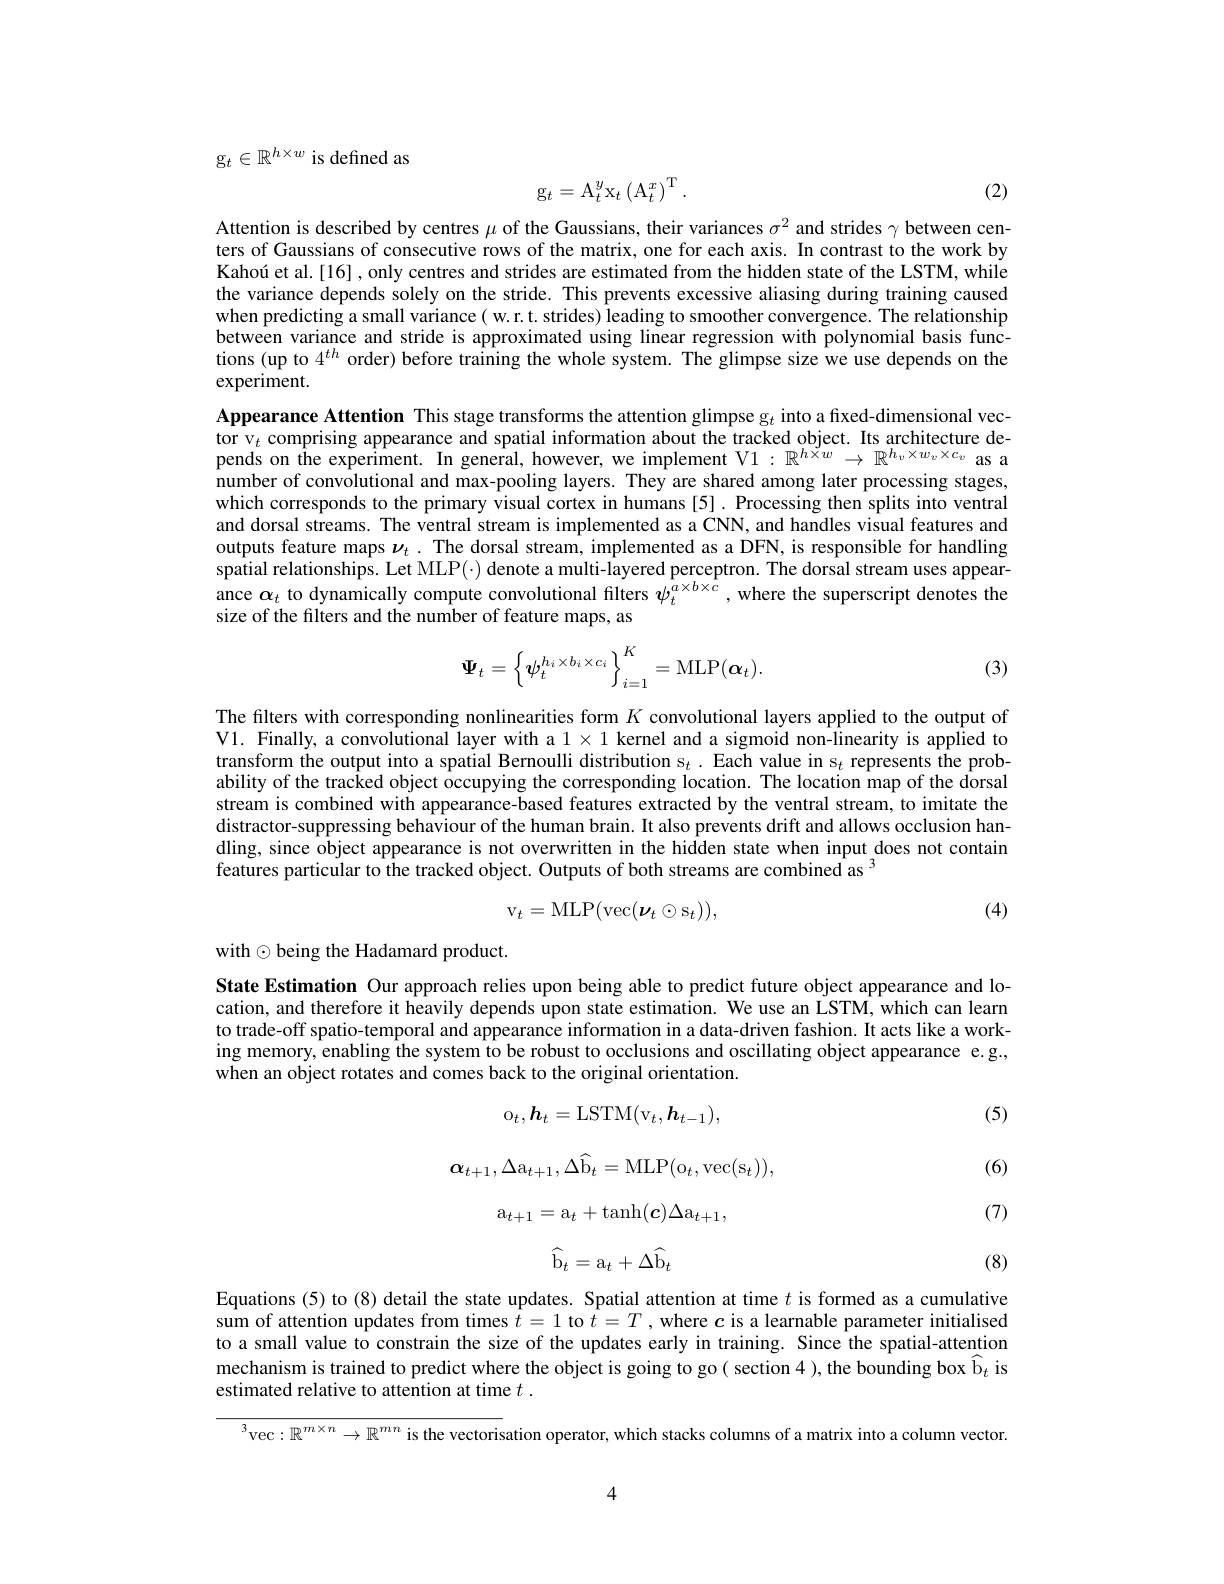
g$_t\in\mathbb{R}^{h\times w}$ is defined as

(2)
$$\mathrm{g}_{t}=\mathrm{A}_{t}^{y}\mathrm{x}_{t}\left(\mathrm{A}_{t}^{x}\right)^{\mathrm{T}}.$$
Attention is described by centres $\mu$ of the Gaussians, their variances $\sigma^2$ and strides $\gamma$ between centers of Gaussians of consecutive rows of the matrix, one for each axis. In contrast to the work by Kahoú et al.[16] , only centres and strides are estimated from the hidden state of the LSTM, while the variance depends solely on the stride. This prevents excessive aliasing during training caused when predicting a small variance ( w.r.t. strides) leading to smoother convergence. The relationship between variance and stride is approximated using linear regression with polynomial basis functions (up to $4^{th}$ order) before training the whole system. The glimpse size we use depends on the experiment.

$\textbf{Appearance Attention This stage transforms the attention glimpse g}_{t}$ into a fixed- dimensional vec- $\text{tor v}_{t}$ comprising appearance and spatial information about the tracked object. Its architecture de- pends on the experiment. In general, $\hat{\text{number of convolutional and max-pooling layers. They are shared among later processing stages,}}$ which corresponds to the primary visual cortex in humans [5]. Processing then splits into ventral and dorsal streams. The ventral stream is implemented as a CNN, and handles visual features and outputs feature maps $\nu_t$ .The dorsal stream, implemented as a DFN, is responsible for handling spatial relationships. Let MLP(·) denote a multi-layered perceptron. The dorsal stream uses appearance $\boldsymbol\alpha_t$ to dynamically compute convolutional filters $\psi_t^{a\times b\times c}$, where the superscript denotes the size of the filters and the number of feature maps, as
$$\boldsymbol{\Psi}_t=\left\{\boldsymbol{\psi}_t^{h_i\times b_i\times c_i}\right\}_{i=1}^K=\mathrm{MLP}(\boldsymbol{\alpha}_t).$$
(3)

The filters with corresponding nonlinearities form $K$ convolutional layers applied to the output of Vl. Finally, a convolutional layer with a $1\times1$ kernel and a sigmoid non-linearity is applied to transform the output into a spatial Bernoulli distribution s$_t.$ Each value in s$_t$ represents the probability of the tracked object occupying the corresponding location. The location map of the dorsal stream is combined with appearance-based features extracted by the ventral stream, to imitate the distractor-suppressing behaviour of the human brain. It also prevents drift and allows occlusion handling, since object appearance is not overwritten in the hidden state when input does not contain features particular to the tracked object. Outputs of both streams are combined as $^3$
$$\mathrm{v}_{t}=\mathrm{MLP}(\mathrm{vec}(\boldsymbol{\nu}_{t}\odot\mathrm{s}_{t})),$$
(4)

with$\odot$being the Hadamard product.

State Estimation Our approach relies upon being able to predict future object appearance and location, and therefore it heavily depends upon state estimation. We use an LSTM, which can learn to trade-off spatio-temporal and appearance information in a data-driven fashion. It acts like a working memory, enabling the system to be robust to occlusions and oscillating object appearance e.g., when an object rotates and comes back to the original orientation.

(5)

(6)
$$\mathrm{o}_t,\boldsymbol{h}_t=\mathrm{LSTM}(\mathrm{v}_t,\boldsymbol{h}_{t-1}),$$
$$\alpha_{t+1},\Delta\mathrm{a}_{t+1},\Delta\widehat{\mathrm{b}}_{t}=\mathrm{MLP}(\mathrm{o}_{t},\mathrm{vec}(\mathrm{s}_{t})),$$
$$\mathrm{a}_{t+1}=\mathrm{a}_t+\mathrm{tanh}(c)\Delta\mathrm{a}_{t+1},$$
$$\widehat{\mathrm{b}}_t=\mathrm{a}_t+\Delta\widehat{\mathrm{b}}_t$$
(7)

(8)

Equations (5) to (8) detail the state updates. Spatial attention at time $t$ is formed as a cumulative sum of attention updates from times $\hat{t}=1$ to $\hat{t}=T$ ,where $c$ is a learnable parameter initialised to a small value to constrain the size of the updates early in training. Since the spatial-attention mechanism is trained to predict where the object is going to go( section 4 ), the bounding box $\widehat{\mathrm{b}}_t$ is estimated relative to attention at time $t.$

$^3$vec$:\mathbb{R}^m\times n\to\mathbb{R}^{mn}$ is the vectorisation operator, which stacks columns of a matrix into a column vector.

4